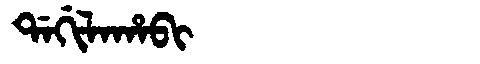
Manchu: ᡩᠠᡤᡳᠯᠠᡥᠠᠪᡳ
Romanization: DAGILAHABI